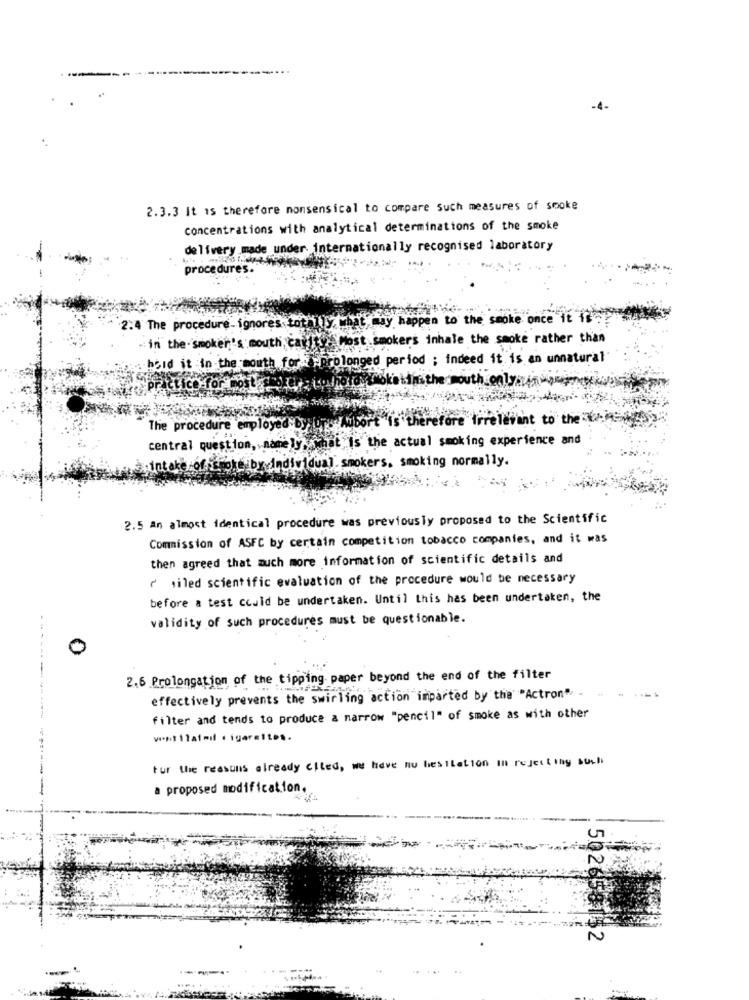
-4-
2.3.3 It is therefore nonsensical to compare Such measures of smoke
concentrations with analytical determinations of the smoke
delivery made under internationally recognised laboratory
procedures.
2.4 The procedure ignores totally, what may happen to the smoke once it if
in the smoker's mouth cavity .Most smokers inhale the smoke rather than
t in the mouth for : "prolonged period ; indeed it is an unnatural
ore Irrelevant to the answer
The procedure employed byxo
"there
central question, name ly, what Is the actual smoking experience and
trokeiby individual smokers. smoking normally.
2.5 An almost identical procedure was previously proposed to the Scientific
Commission of ASFC by certain competition tobacco companies, and it was
then agreed that much more information of scientific details and
,iled scientific evaluation of the procedure would be necessary
before a test could be undertaken. Until this has been undertaken, the
validity of such procedures must be questionable.
0
2.6 Prolongation of the tipping. paper beyond the end of the filter
--------
effectively prevents the swirling action imparted by the "Actron"
filter and tends to produce a narrow "pencil" of smoke as with other
ventilated . igaraltos.
tur the reasons already cited, we have no hesitation in rejecting such
a proposed modification.
562658152